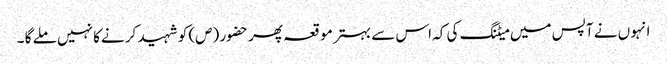
انہو ں نے آپس میں میٹنگ کی کہ اس سے بہتر مو قعہ پھر حضور (ص) کو شہید کر نےکا نہیں ملے گا ۔